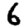
Digit: 6